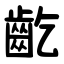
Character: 齕